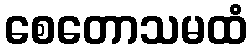
စေတောသမထံ